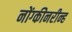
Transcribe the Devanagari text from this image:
नोंग्कीनरीन्ह